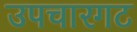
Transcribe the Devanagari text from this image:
उपचारगट